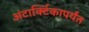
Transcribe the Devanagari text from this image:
अंटार्क्टिकापर्यंत